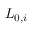
L _ { 0 , i }